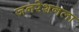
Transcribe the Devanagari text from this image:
जनरेशनला